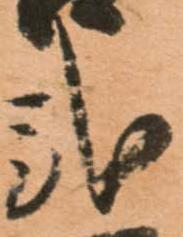
弐